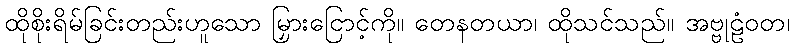
ထိုစိုးရိမ်ခြင်းတည်းဟူသော မြှားငြောင့်ကို။ တေနတယာ၊ ထိုသင်သည်။ အဗ္ဗုဠံဝတ၊